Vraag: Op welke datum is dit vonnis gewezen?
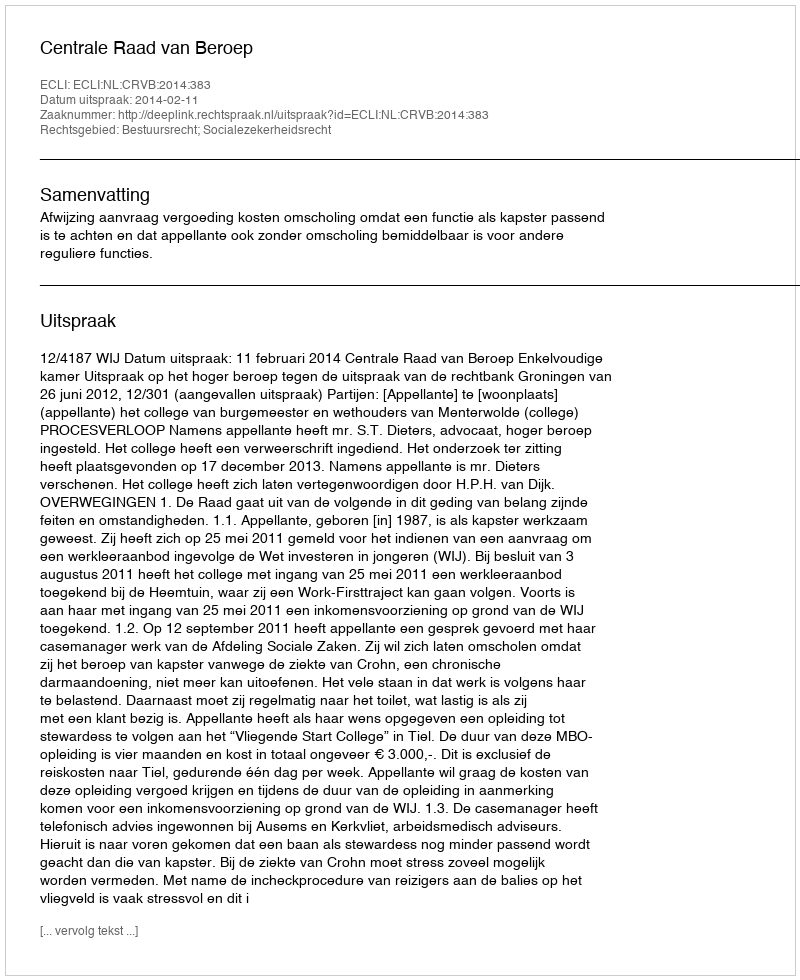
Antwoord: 2014-02-11